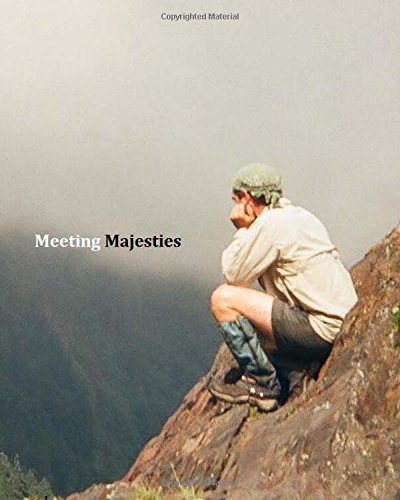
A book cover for Meeting Majesties: Deluxe Edition; JS Moore; Teen & Young Adult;